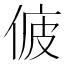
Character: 𠉷